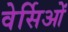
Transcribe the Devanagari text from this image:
वेर्सिओं